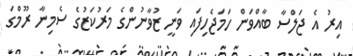
އިރު އެ ޖަލްސާ ބާއްވަން ހަމަޖެހިފައި ވަނީ ޒުވާނުންގެ މަރުކަޒުގެ ސެމިނާ ރޫމްގަ